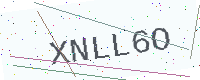
Text: XNLL6O